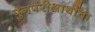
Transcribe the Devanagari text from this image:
पुनर्परीक्षार्थीचा